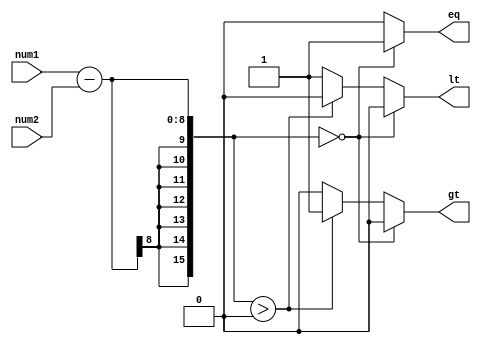
module FixedPointComparator (
    input signed [7:0] num1,
    input signed [7:0] num2,
    output reg eq,
    output reg gt,
    output reg lt
);

reg [15:0] diff;

always @* begin
    diff = num1 - num2;
    if (diff == 0) begin
        eq = 1;
        gt = 0;
        lt = 0;
    end else if (diff > 0) begin
        eq = 0;
        gt = 1;
        lt = 0;
    end else begin
        eq = 0;
        gt = 0;
        lt = 1;
    end
end

endmodule